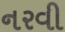
નરવી